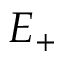
E _ { + }